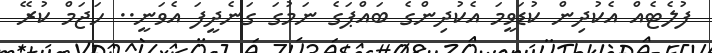
ފުލެޓެއް އެކުދިން ކުޑަވީމަ އެކުދިންގެ ބައްޕަގެ ނަމުގަ ގަނެދީފަ އެވަނީ.. ހަޖަމް ކުރޭ